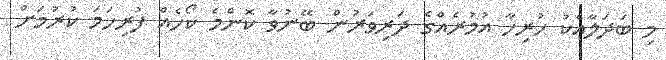
މި ބަދަލާއެކު ހުރިހާ އުމުރެއްގެ ދަރިވަރުން ބޭނުވާ ކޮންމެ ކޯހެއް ފުރިހަމަ ކުރުމަށް